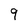
Character: 9